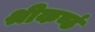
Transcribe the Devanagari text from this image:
श्रीकण्ठं